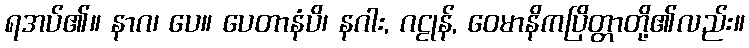
ရအပ်၏။ နာဂ၊ ပေ။ ပေတာနံပိ၊ နဂါး, ဂဠုန်, ဝေမာနိကပြိတ္တာတို့၏လည်း။